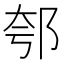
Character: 郀